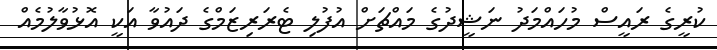
ކުރީގެ ރައީސް މުހައްމަދު ނަޝީދުގެ މައްޗަށް އުފުލި ޓެރަރިޒަމްގެ ދައުވާ އަކީ އޮޅުވާލުމެއް